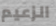
الزعيم